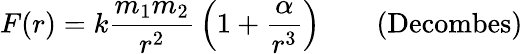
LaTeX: F(r)=k{\frac{m_{1}m_{2}}{r^{2}}}\left(1+{\frac{\alpha}{r^{3}}}\right)\qquad{\mathrm{(Decombes)}}